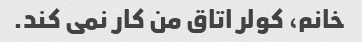
خانم، کولر اتاق من کار نمی کند.